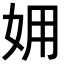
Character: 𡛾